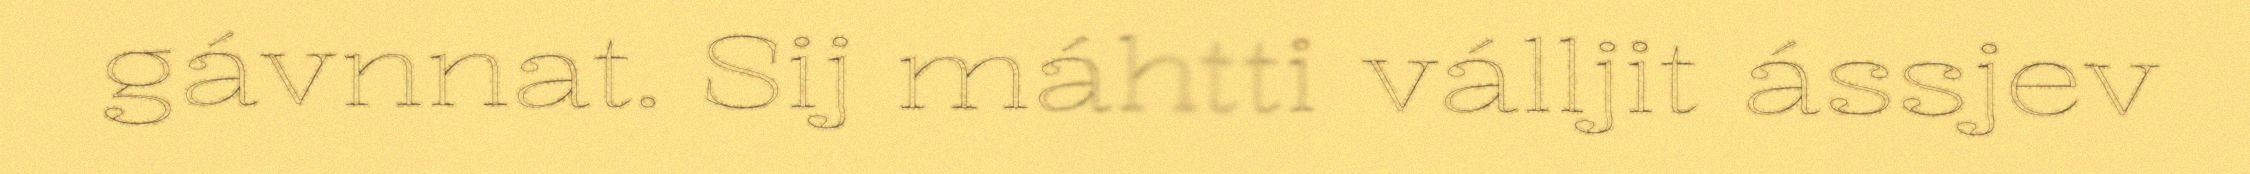
gávnnat. Sij máhtti válljit ássjev